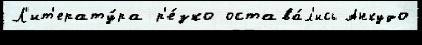
Л'ит'ерату́ра р'е́зко остава́л'ись Анкудо